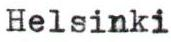
Helsinki